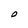
Character: 0